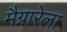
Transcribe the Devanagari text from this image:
मैग्नारेला